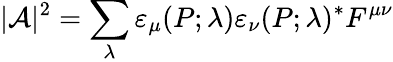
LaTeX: |{\mathcal A}|^{2}=\sum_{\lambda}\varepsilon_{\mu}(P;\lambda)\varepsilon_{\nu}(P;\lambda)^{*}F^{\mu\nu}